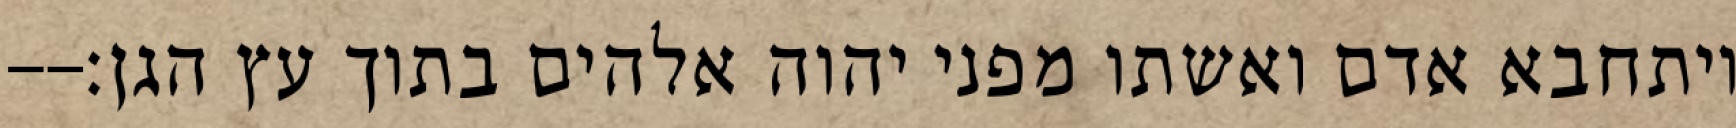
ויתחבא אדם ואשתו מפני יהוה אלהים בתוך עץ הגן׃--